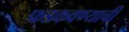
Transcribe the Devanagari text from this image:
फडकवण्याची